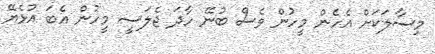
މިސާލަކަށް އެހެން މީހުން ވެސް ބުނޭ ހާދަ ޖެލަސީ މީހުން އެބަ އުޅެޔޭ